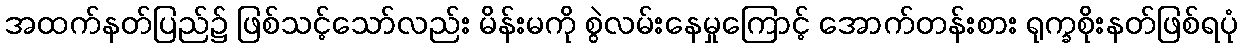
အထက်နတ်ပြည်၌ ဖြစ်သင့်သော်လည်း မိန်းမကို စွဲလမ်းနေမှုကြောင့် အောက်တန်းစား ရုက္ခစိုးနတ်ဖြစ်ရပုံ